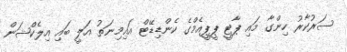
ސަރުކާރު ހިންގާ މައި ޕާޓީ ޕީޕީއެމްގެ ކެންޑިޑޭޓް އައިމިނަތު އަލީ ބައި އިލެކްޝަން